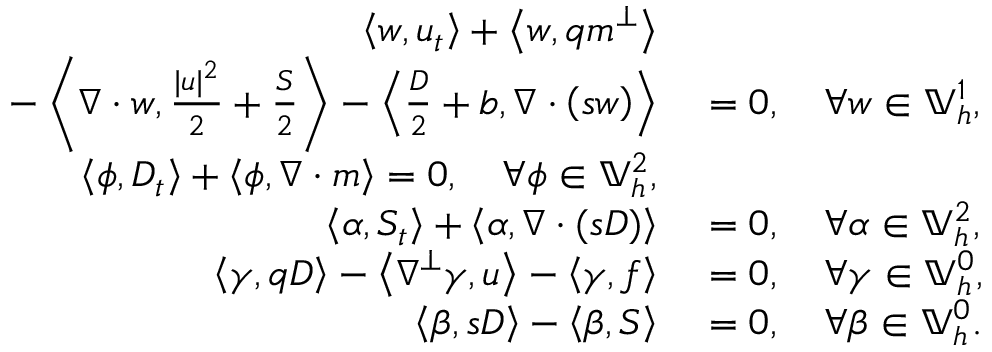
\begin{array} { r l } { \left\langle w , u _ { t } \right\rangle + \left\langle w , q m ^ { \perp } \right\rangle } & { { } } \\ { \quad - \left\langle \nabla \cdot w , \frac { | u | ^ { 2 } } { 2 } + \frac { S } { 2 } \right\rangle - \left\langle \frac { D } { 2 } + b , \nabla \cdot \left( s w \right) \right\rangle } & { { } = 0 , \quad \forall w \in \mathbb { V } _ { h } ^ { 1 } , } \\ { \left\langle \phi , D _ { t } \right\rangle + \left\langle \phi , \nabla \cdot m \right\rangle = 0 , \quad \forall \phi \in \mathbb { V } _ { h } ^ { 2 } , } \\ { \left\langle \alpha , S _ { t } \right\rangle + \left\langle \alpha , \nabla \cdot ( s D ) \right\rangle } & { { } = 0 , \quad \forall \alpha \in \mathbb { V } _ { h } ^ { 2 } , } \\ { \left\langle \gamma , q D \right\rangle - \left\langle \nabla ^ { \perp } \gamma , u \right\rangle - \left\langle \gamma , f \right\rangle } & { { } = 0 , \quad \forall \gamma \in \mathbb { V } _ { h } ^ { 0 } , } \\ { \left\langle \beta , s D \right\rangle - \left\langle \beta , S \right\rangle } & { { } = 0 , \quad \forall \beta \in \mathbb { V } _ { h } ^ { 0 } . } \end{array}